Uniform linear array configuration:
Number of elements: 64
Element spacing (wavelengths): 0.25
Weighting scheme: hann
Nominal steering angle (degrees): -60
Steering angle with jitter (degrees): -61.654
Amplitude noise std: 0.05
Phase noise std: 0.05

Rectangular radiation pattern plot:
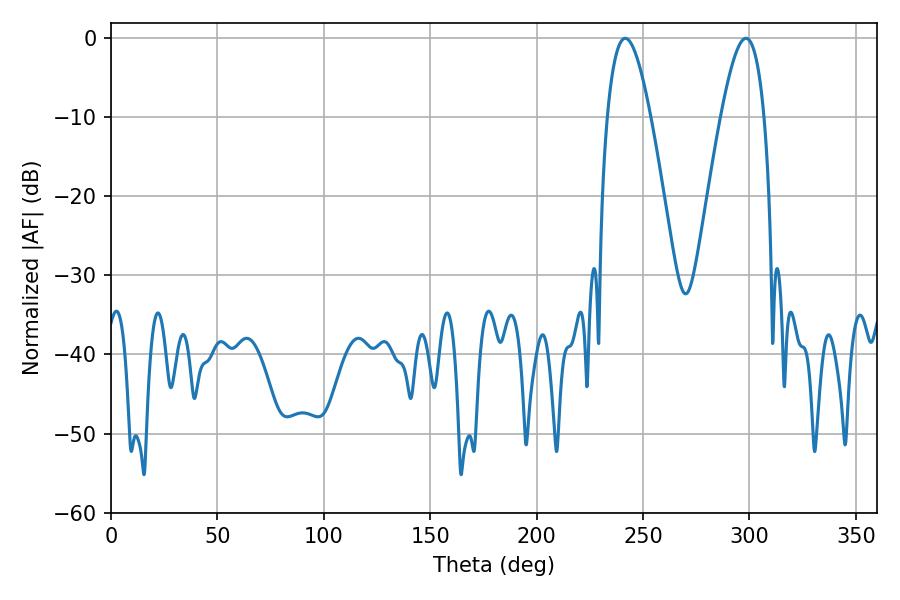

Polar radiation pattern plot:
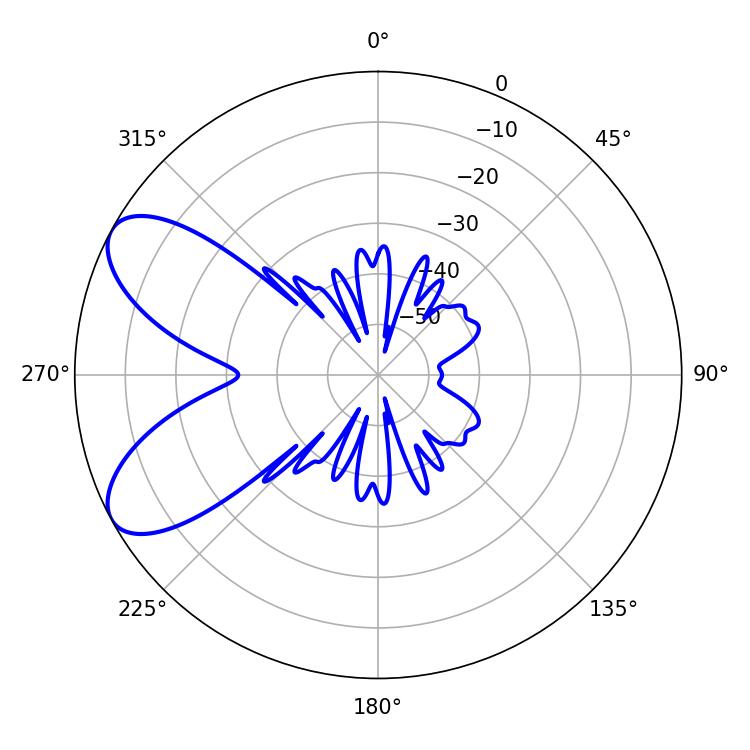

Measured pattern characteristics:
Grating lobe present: FALSE
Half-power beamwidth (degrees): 10.98
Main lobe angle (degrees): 241.56